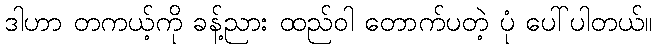
ဒါဟာ တကယ့်ကို ခန့်ညား ထည်ဝါ တောက်ပတဲ့ ပုံ ပေါ်ပါတယ်။